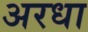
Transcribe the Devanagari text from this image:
अरधा